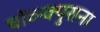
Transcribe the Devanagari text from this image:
चोव्न्क्पुराना